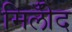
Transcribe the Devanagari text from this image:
मिलीँद